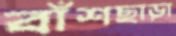
বাঁশছাড়া